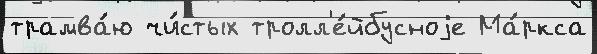
трамва́ю чи́стых тролл'е́йбусноjе Ма́ркса